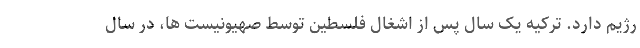
رژیم دارد. ترکیه یک سال پس از اشغال فلسطین توسط صهیونیست ها، در سال